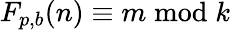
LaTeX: F_{p,b}(n)\equiv m{\bmod{k}}